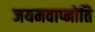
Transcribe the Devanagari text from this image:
जयमवाप्नोति